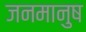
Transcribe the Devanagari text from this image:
जनमानुष